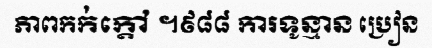
ភាពកក់ក្តៅ ។៩៨៨ ការទូន្មាន ប្រៀន